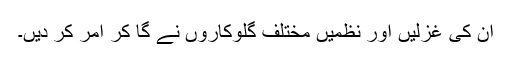
ان کی غزلیں اور نظمیں مختلف گلوکاروں نے گا کر امر کر دیں۔